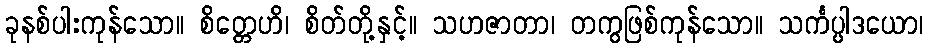
ခုနစ်ပါးကုန်သော။ စိတ္တေဟိ၊ စိတ်တို့နှင့်။ သဟဇာတာ၊ တကွဖြစ်ကုန်သော။ သင်္ကပ္ပါဒယော၊